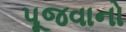
પૂજવાનો